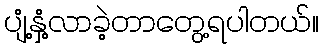
ပျံ့နှံ့လာခဲ့တာတွေ့ရပါတယ်။